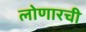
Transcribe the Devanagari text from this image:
लोणारची